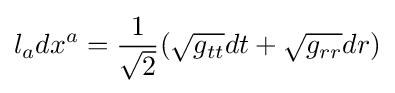
l_{a}dx^{a}={\frac {1}{\sqrt {2}}}({\sqrt {g_{tt}}}dt+{\sqrt {g_{rr}}}dr)